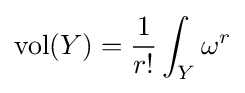
\mathrm {vol} (Y)={\frac {1}{r!}}\int _{Y}\omega ^{r}